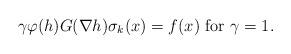
LaTeX: \begin{align*}\gamma\varphi(h)G(\nabla h)\sigma_{k}(x)=f(x)\ {\rm for} \ \gamma=1.\end{align*}